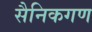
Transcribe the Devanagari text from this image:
सैनिकगण